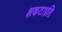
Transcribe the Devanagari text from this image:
शकटाप्रति